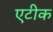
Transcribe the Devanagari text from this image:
एटीक